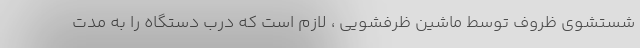
شستشوی ظروف توسط ماشین ظرفشویی ، لازم است که درب دستگاه را به مدت